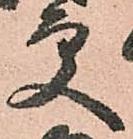
更